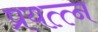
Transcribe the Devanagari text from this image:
प्रयत्त्‍न